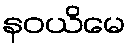
နဝယိမေ